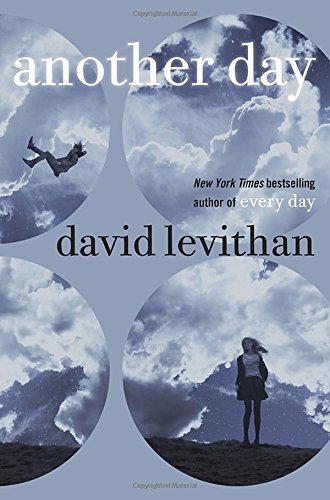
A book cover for Another Day; David Levithan; Literature & Fiction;